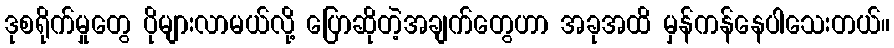
ဒုစရိုက်မှုတွေ ပိုများလာမယ်လို့ ပြောဆိုတဲ့အချက်တွေဟာ အခုအထိ မှန်ကန်နေပါသေးတယ်။